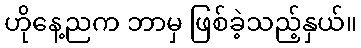
ဟိုနေ့ညက ဘာမှ ဖြစ်ခဲ့သည့်နှယ်။